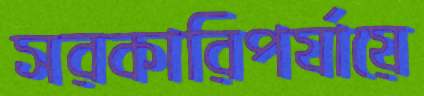
সরকারিপর্যায়ে